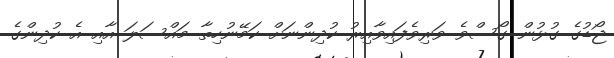
ޖޯޑުގެ ގުޅުން ގޯސްވެ ވަރިވެފައިވާއިރު ކުދިންނަށް ކަމޭނުހިތާ މައްސަލަ އާއި އެ ކުދިންގެ